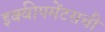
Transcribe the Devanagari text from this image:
इक्वीपमेंटसची